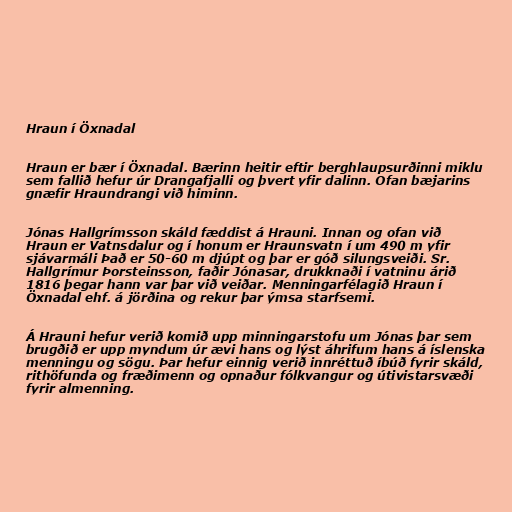
Hraun í Öxnadal

Hraun er bær í Öxnadal. Bærinn heitir eftir berghlaupsurðinni miklu
sem fallið hefur úr Drangafjalli og þvert yfir dalinn. Ofan bæjarins
gnæfir Hraundrangi við himinn.

Jónas Hallgrímsson skáld fæddist á Hrauni. Innan og ofan við
Hraun er Vatnsdalur og í honum er Hraunsvatn í um 490 m yfir
sjávarmáli Það er 50-60 m djúpt og þar er góð silungsveiði. Sr.
Hallgrímur Þorsteinsson, faðir Jónasar, drukknaði í vatninu árið
1816 þegar hann var þar við veiðar. Menningarfélagið Hraun í
Öxnadal ehf. á jörðina og rekur þar ýmsa starfsemi.

Á Hrauni hefur verið komið upp minningarstofu um Jónas þar sem
brugðið er upp myndum úr ævi hans og lýst áhrifum hans á íslenska
menningu og sögu. Þar hefur einnig verið innréttuð íbúð fyrir skáld,
rithöfunda og fræðimenn og opnaður fólkvangur og útivistarsvæði
fyrir almenning.